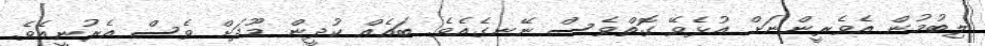
ލިބުމުން އެވެރީންނަށް އުޅެވޭ ގޮތްވެސް ނޭނގެއެވެ. ބައެއް ކުދީން މޫދަށް ވެސް އެރުނީއެވެ.